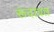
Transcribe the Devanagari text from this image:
रूंदावत